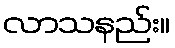
လာသနည်း။